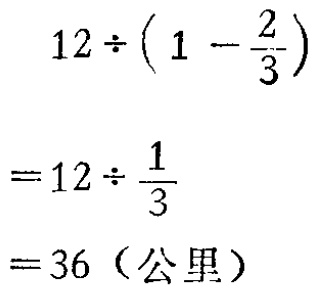
\[

\begin{align*}

&12\div\left(1 - \frac{2}{3}\right)\\

=&12\div\frac{1}{3}\\

=&36 \text{（公里）}

\end{align*}

\]